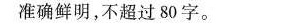
准确鲜明，不超过80字。